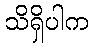
သိရှိပါက